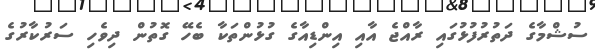
ސުޝްމާގެ ދަތުރުފުޅުގައި ރާއްޖެ އާއި އިންޑިއާގެ ގުޅުންތަކާ ބެހޭ ގޮތުން ދިވެހި ސަރުކާރުގެ